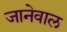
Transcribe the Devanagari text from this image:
जानेवाल